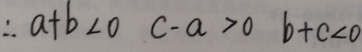
\therefore a + b < 0 c - a > 0 b + c < 0